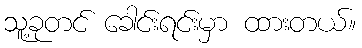
သူ့ခုတင် ခေါင်းရင်းမှာ ထားတယ်။